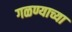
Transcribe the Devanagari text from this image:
गळण्याच्या